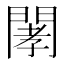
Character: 𨴹